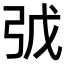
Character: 𢏌